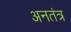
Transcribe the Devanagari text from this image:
अनतंत्र